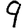
Digit: 9